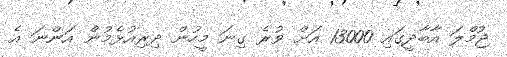
ޖުމްލަ އާބާދީގައި 13000 އަށް ވުރެ ގިނަ މީހުން ދިރިއުޅެމުން އަންނަ އެ